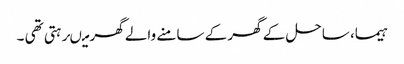
ہیما، ساحل کے گھر کے سامنے والے گھر میںرہتی تھی ۔